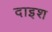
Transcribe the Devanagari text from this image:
दाइश